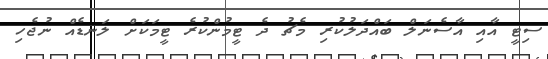
ސިޓީ އާއި އާސެނަލް ބައްދަލުކުރި މެޗު ދެ ޓީމުންކުރެ ޓީމަކަށް ލަނޑެއް ނުޖެހި